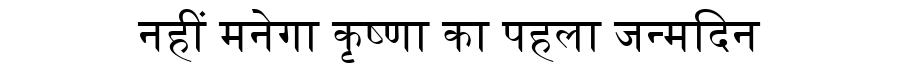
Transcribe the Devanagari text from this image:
नहीं मनेगा कृष्णा का पहला जन्मदिन